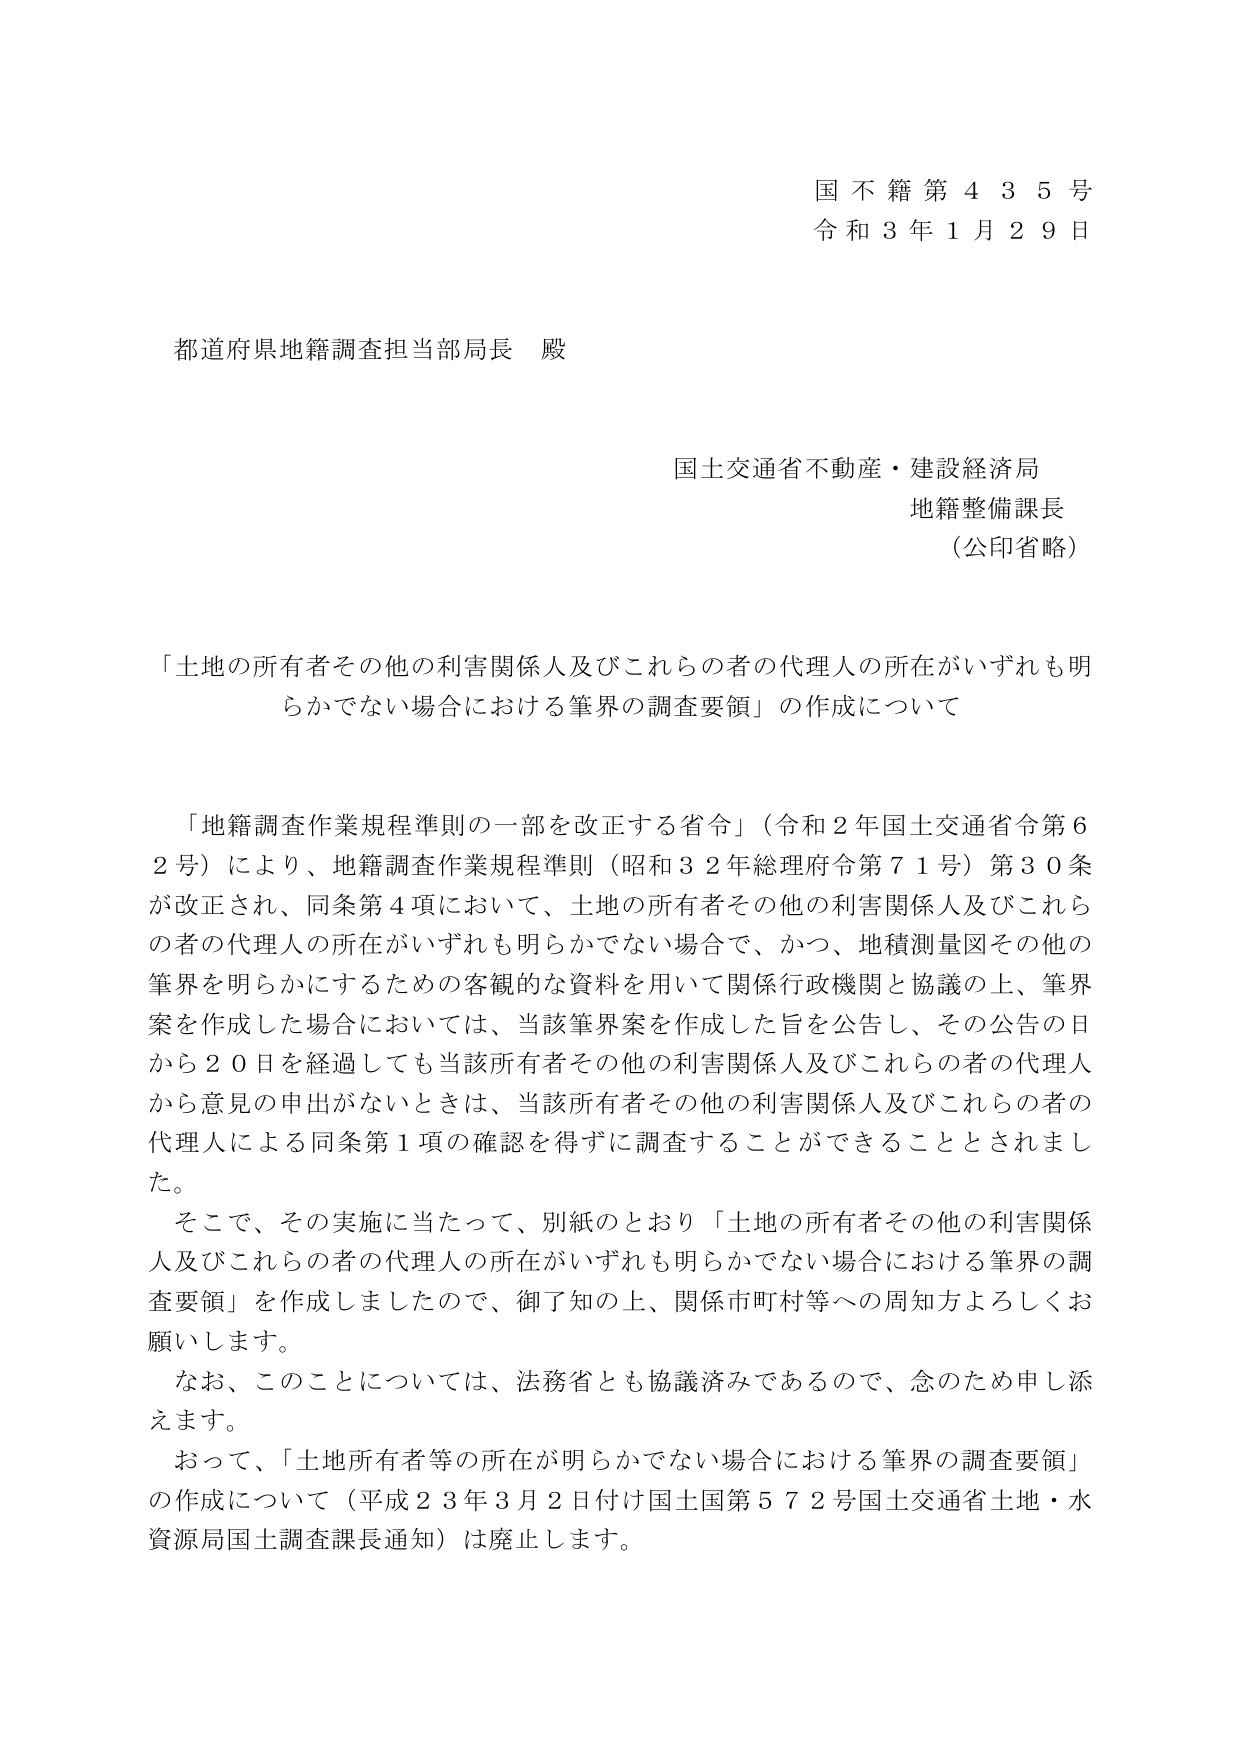
国不籍第４３５号
令和３年１月２９日

都道府県地籍調査担当部局長 殿

国土交通省不動産・建設経済局
地籍整備課長
（公印省略）

「土地の所有者その他の利害関係人及びこれらの者の代理人の所在がいずれも明らかでない場合における筆界の調査要領」の作成について

「地籍調査作業規程準則の一部を改正する省令」（令和２年国土交通省令第６２号）により、地籍調査作業規程準則（昭和３２年総理府令第７１号）第３０条が改正され、同条第４項において、土地の所有者その他の利害関係人及びこれらの者の代理人の所在がいずれも明らかでない場合で、かつ、地積測量図その他の筆界を明らかにするための客観的な資料を用いて関係行政機関と協議の上、筆界案を作成した場合においては、当該筆界案を作成した旨を公告し、その公告の日から２０日を経過しても当該所有者その他の利害関係人及びこれらの者の代理人から意見の申出がないときは、当該所有者その他の利害関係人及びこれらの者の代理人による同条第１項の確認を得ずに調査することができることとされました。

そこで、その実施に当たって、別紙のとおり「土地の所有者その他の利害関係人及びこれらの者の代理人の所在がいずれも明らかでない場合における筆界の調査要領」を作成しましたので、御了知の上、関係市町村等への周知方よろしくお願いします。

なお、このことについては、法務省とも協議済みであるので、念のため申し添えます。

おって、「土地所有者等の所在が明らかでない場合における筆界の調査要領」の作成について（平成２３年３月２日付け国土国第５７２号国土交通省土地・水資源局国土調査課長通知）は廃止します。